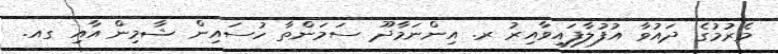
މެރުމުގެ ދައުވާ އުފުލާފައިވާއިރު ރ. އިންނަމާދޫ ސަމަންތާ ހުސައިން ޝާމިން އާއި ގއ.